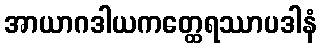
အာယာဂဒါယကတ္ထေရဿာပဒါနံ